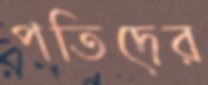
পতিদের